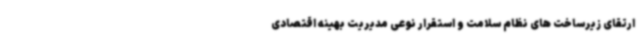
ارتقای زیرساخت های نظام سلامت و استقرار نوعی مدیریت بهینه اقتصادی